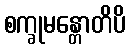
စက္ခုမန္တောတိပိ